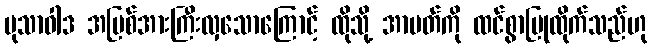
မုသာဝါဒ အပြစ်အားကြီးလှသောကြောင့် ထိုသို့ အာပတ်ကို ထင်စွာပြုထိုက်သည်ဟု